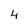
Character: 4